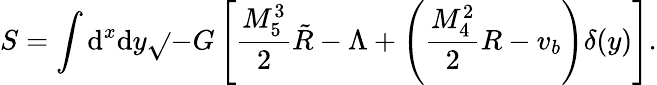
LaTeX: S=\int\mathrm{d}^{x}\mathrm{d}y\sqrt{}{{-G}}\left[\frac{{M_{5}^{3}}}{{2}}\tilde{{R}}-\Lambda+\left(\frac{{M_{4}^{2}}}{{2}}R-v_{b}\right)\delta(y)\right].